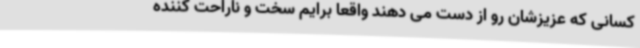
کسانی که عزیزشان رو از دست می دهند واقعا برایم سخت و ناراحت کننده